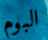
البوم